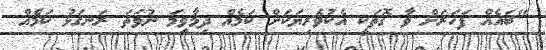
"ބައެއް ފަހަރަށް ވާ ގޮތަކީ އެކުވެރިޔަކަށް ކަމެއް ދިމާވީމަ ނުވަތަ ރަނގަޅު ކަމެއް